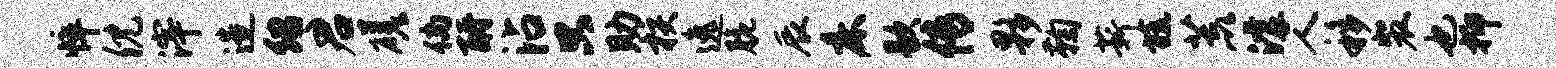
悴倪滓造绍君磋倘酹沾只助核逸脆辰床歇传夥鞠薪旒荒滹人移裴也抑